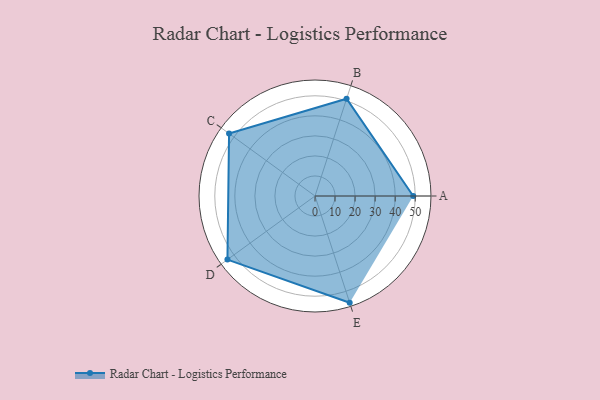
{"axis": {"x": "Skill", "y": "Score"}, "legend": ["Profile"], "data": [{"x": "A", "y": 49.0, "type": "Profile"}, {"x": "B", "y": 51.0, "type": "Profile"}, {"x": "C", "y": 53.0, "type": "Profile"}, {"x": "D", "y": 54.0, "type": "Profile"}, {"x": "E", "y": 56.0, "type": "Profile"}]}